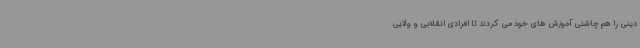
دینی را هم چاشنی آموزش های خود می کردند تا افرادی انقلابی و ولایی